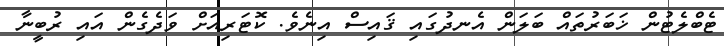
ޓެބްލެޓުން ޚަބަރުތައް ބަލަން އެނދުގައި ޤައިސް އިނެވެ. ކޮޓަރިއަށް ވަދެގެން އައި ރުބީނާ